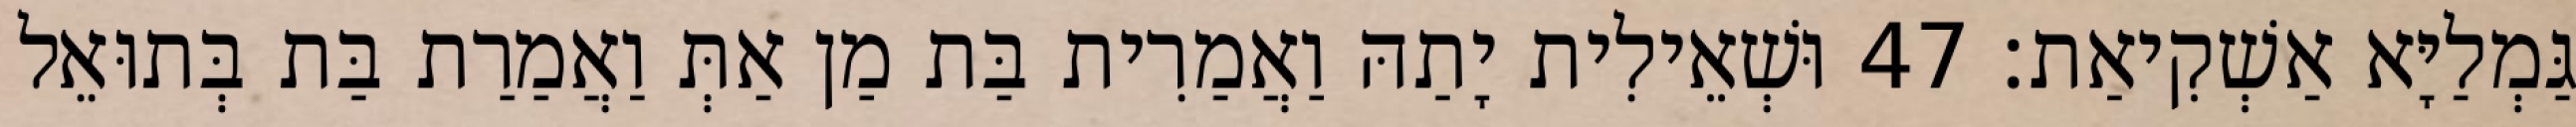
גַּמְלַיָּא אַשְׁקִיאַת׃ 47 וּשְׁאֵילִית יָתַהּ וַאֲמַרִית בַּת מַן אַתְּ וַאֲמַרַת בַּת בְּתוּאֵל